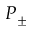
P _ { \pm }